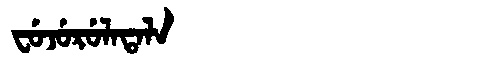
Manchu: ᠸᡠᠵᡠᡵᡠᠯᠠᡨᠠᠯᠠ
Romanization: FUJURULATALA